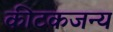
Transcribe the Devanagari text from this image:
कीटकजन्य